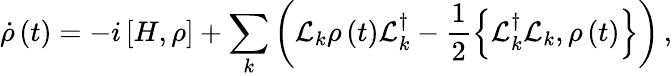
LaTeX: \dot{\rho}\left(t\right)=-i\left[H,\rho\right]+\sum_{k}\left(\mathcal{L}_{k}\rho\left(t\right)\mathcal{L}_{k}^{\dagger}-\frac{1}{2}\left\{ \mathcal{L}_{k}^{\dagger}\mathcal{L}_{k},\rho\left(t\right)\right\} \right)\, ,